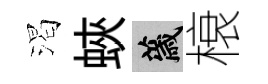
渴蛺薉榱